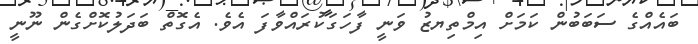
ބައެއްގެ ސަބަބުން ކަމަށް އިމްތިޔޒު ވަނީ ފާހަގަކުރައްވާފަ އެވެ. އެގޮތް ބަދަލުކޮށްގެން ނޫނީ